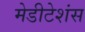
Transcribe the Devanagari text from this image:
मेडीटेशंस